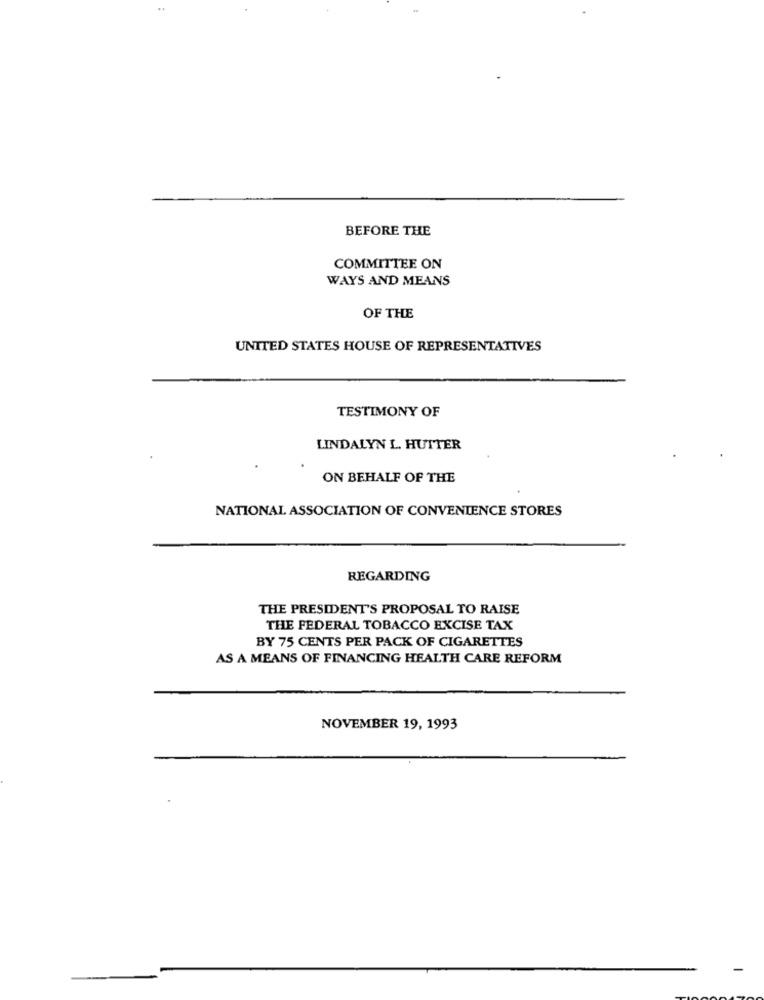
BEFORE THE
COMMITTEE ON
WAYS AND MEANS
OF THE
UNITED STATES HOUSE OF REPRESENTATIVES
TESTIMONY OF
LINDALYN L. HUTTER
ON BEHALF OF THE
NATIONAL ASSOCIATION OF CONVENIENCE STORES
REGARDING
THE PRESIDENT'S PROPOSAL TO RAISE
THE FEDERAL TOBACCO EXCISE TAX
BY 75 CENTS PER PACK OF CIGARETTES
AS A MEANS OF FINANCING HEALTH CARE REFORM
NOVEMBER 19, 1993